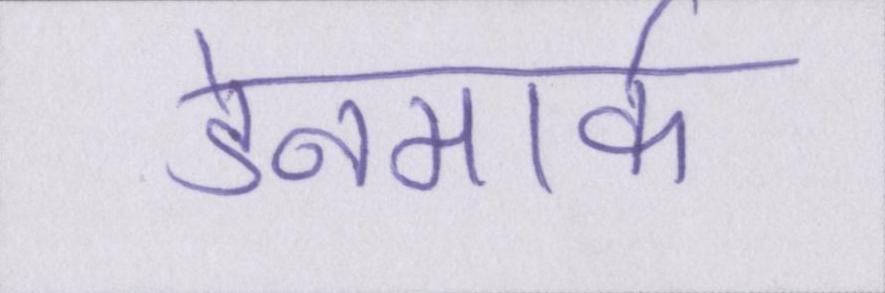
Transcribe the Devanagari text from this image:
डेनमार्क